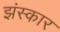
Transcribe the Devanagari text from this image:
झंस्कार